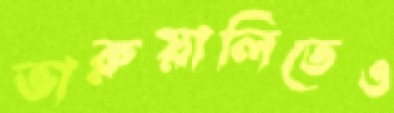
ভারুয়ালিতেও